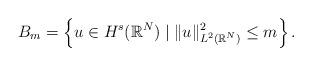
LaTeX: \begin{gather*} B_m = \left\{ u \in H^s(\mathbb{R}^N) \mid \Vert u \Vert^2_{L^2(\mathbb{R}^N)} \leq m \right\}.\end{gather*}